Vital statistics of India. Vol. IV, Annual returns from 1871 to 1876. British Army of India, Native Army and jails of Bengal
Year: 1871
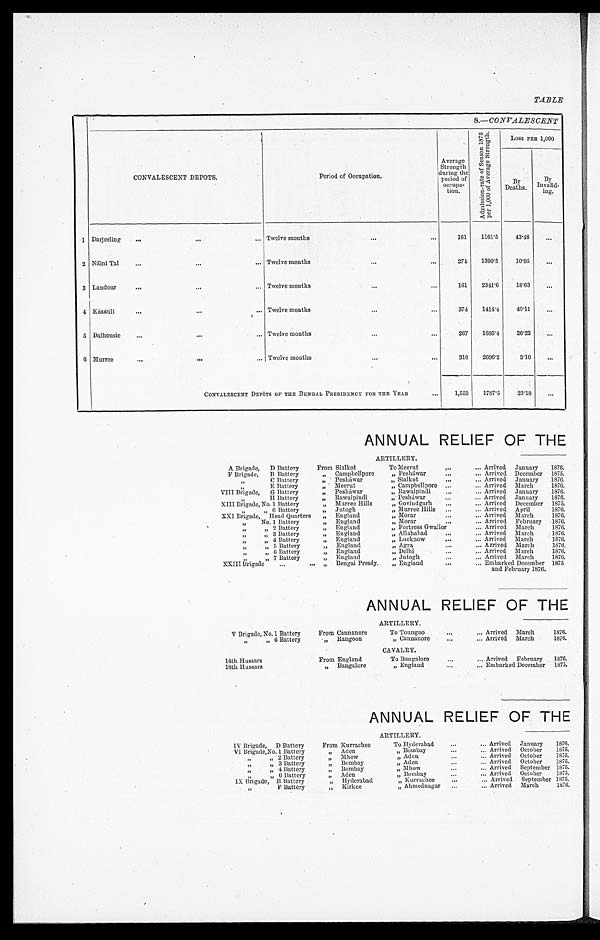
TABLE
8.—CONVALESCENT
CONVALESCENT DEPOTS.
Period of Occupation.
Average
Strength
during the
period of
o c c u p a -
t i o n .
A d m i s s i o n - r a t e o f S e a s o n 1 8 7 5
p e r 1 , 0 0 0 o f A v e r a g e S t r e n g t h .
Loss PER 1,000
B y
Deaths.
B
y I nval i d-
i n g .
1 Darjeeling
...
...
... Twelve months
...
...
161
1161.5
43.48
. . .
2 Náini Tal
...
...
... Twelve months
...
...
274 1390.5
10.95
. . .
3 Landour
...
. . .
Twelve months
...
...
161 2341.6
18.63
. . .
4 Kásáuli
...
...
... Twelve months
...
...
374 1414.4
40.11
. . .
5 Dalhousie
..,
...
... Twelve months
...
...
267
1685.4
26.22
. . .
6 Murree
...
. . . ... Twelve mouths
...
...
316 2696.2
3.16
. . .
CONVALESCENT DEPOTS OF ERE BENGAL PRESIDENCY FOR THE YEAR
. . .
1,553
1787.5
23.18
. . .
ANNUAL RELIEF OF THE
ARTILLERY.
A Brigade, D Battery
From Sialkot
To Meerut
... ...
Arrived January 1876.
F Brigade, B Battery
,, Campbellpore
„ Pesháwar
... ...
Arrived December 1875.
C Battery
„ Peshawar
„ Sialkot
... ...
Arrived January 1876.
„
E Battery
„ Meerut
„ Campbellpore
... ...
Arrived March
1876.
VIII Brigade, G Battery
„ Peshawar
„ Rawalpindi
... ...
Arrived January 1876.
H Battery
„ Rawalpindi
Peshawar
„Peshawar
... ...
Arrived January 1876.
XIII Brigade,
No. 1 Battery
„ Murree Hills
„ Govindgarh
... ...
Arrived December 1875.
, , 6 B a t t e r y
„ Jutogh
„ Murree Hills
... ...
Arrived April
1876.
XXI Brigade, Head Quarters „ England
„ Morar
... ...
Arrived March
1876.
„
No. 1 Battery
England
„ Mora
... ...
Arrived February 1876.
„ 2 Battery
England
„ Fortress Gwalior
...
Arrived March
1876.
, ,
„ 3 B a t t e r y
„ England
„ Allahabad
... ...
Arrived March
1876.
, , „ 4 B a t t e r y
,, England
„ Lucknow
... ...
Arrived March
1876.
„ 5 Battery
„ England
„ Agra
... ...
Arrived March
1876,
, , „ 6 B a t t e r y
„ England
„ Delhi
... ...
Arrived March
1876.
, , , ,
7 B a t t e r y
„ England
„ Jutogh
... ...
Arrived March
1876.
XXIII Brigade ... ...
„ Bengal Presdy. „ England
... ...
Embarked December
and February 1876.
1875
ANNUAL RELIEF OF THE
ARTILLERY.
V Brigade, No. 1 Battery
From Cannanore
To Toungoo
...
... Arrived March
1876.
„ 6 Battery , ,
„ Rangoon
„ Cannanore
. . .
...... Arrived March
1876.
CAVALRY.
14th Hussars
From England
To Bangalore
. . .
... Arrived February 1876.
18th Hussars
„ Bangalore
„ England
. . .
... Embarked December 1875.
ANNUAL RELIEF OF THE
ARTILLERY.
IV Brigade, D Battery
From Kurrachee
To Hyderabad
... ...
Arrived January 1876.
VI Brigade, No. 1 Battery
„ Aden
„ Bombay
... ...
Arrived October 1675.
, , , , 2 B a t t e r y Nhow
„ Aden
... ...
Arrived October 1875.
3 Battery
,, „ Bombay
„ Aden
... ...
Arrived October 1675.
4 Battery
Bombay
„ Mhow
... ...
Arrived September 1875.
6 Battery
„ Aden
„ Bombay
... ...
Arrived October
1875.
IX Brigade, B Battery
„ Hyderabad
„ Kurrachee
... ...
Arrived September 1875.
F Battery , ,
„ Kirkee
„ Ahmednagar
... ...
Arrived March
1876.